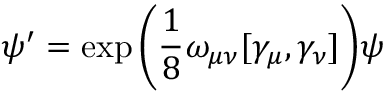
\psi ^ { \prime } = \exp { \left( { \frac { 1 } { 8 } } \omega _ { \mu \nu } [ \gamma _ { \mu } , \gamma _ { \nu } ] \right) } \psi